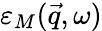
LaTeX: \varepsilon_{M}(\vec{q},\omega)